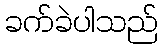
ခက်ခဲပါသည်